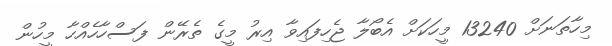
މިހާތަނަށް 13240 މީހަކަށް އެބޯލާ ޖެހިފައިވާ އިރު މީގެ ތެރޭން ފަސްހާހެއްހާ މީހުން